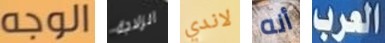
الوجه الزلاجة لاندي أنه العرب